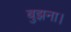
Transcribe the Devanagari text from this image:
बुझना।